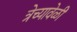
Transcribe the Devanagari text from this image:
त्रेच्यावेळी